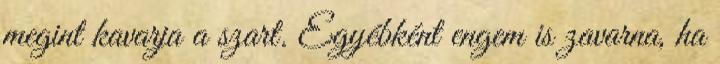
megint kavarja a szart. Egyébként engem is zavarna, ha